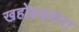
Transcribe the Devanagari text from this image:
खहोहड्वारा